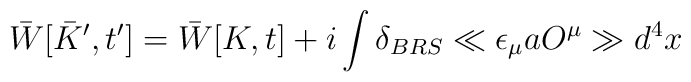
\bar{W} [ \bar{K}^\prime ,t^ \prime  ] = \bar{W} [K ,t] + i\int\delta _{BRS} \ll \epsilon _\mu a O^\mu \gg d^4x